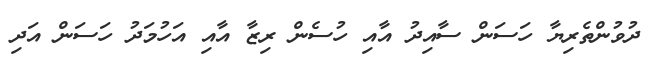
ދުވުންތެރިޔާ ހަސަން ސާއިދު އާއި ހުސެން ރިޒާ އާއި އަހުމަދު ހަސަން އަދި